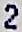
2